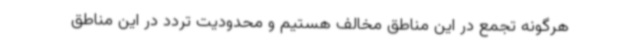
هرگونه تجمع در این مناطق مخالف هستیم و محدودیت تردد در این مناطق